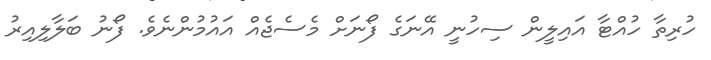
ހުރިތާ ހުއްޓާ އައިލީން ސިހުނީ އޭނަގެ ފޯނަށް މެސެޖެއް އައުމުންނެވެ. ފޯނު ބަލާލިއިރު